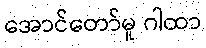
အောင်တော်မူ ဂါထာ